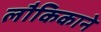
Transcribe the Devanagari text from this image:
लौकिकाने